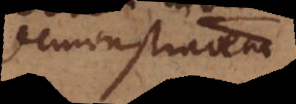
demonstra